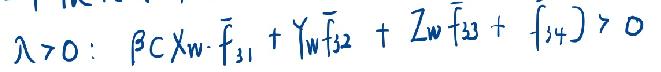
$\lambda>0:\ \beta_{C}X_{w}\cdot\overline{f}_{31}+Y_{w}\overline{f}_{32}+Z_{w}\overline{f}_{33}+\overline{f}_{34})>0$